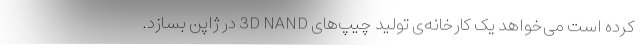
کرده است می‌خواهد یک کارخانه‌ی تولید چیپ‌های 3D NAND در ژاپن بسازد.